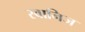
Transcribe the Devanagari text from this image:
स्वानिज